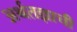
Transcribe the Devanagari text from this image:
अर्थतज्ञाची